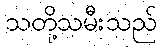
သတို့သမီးသည်